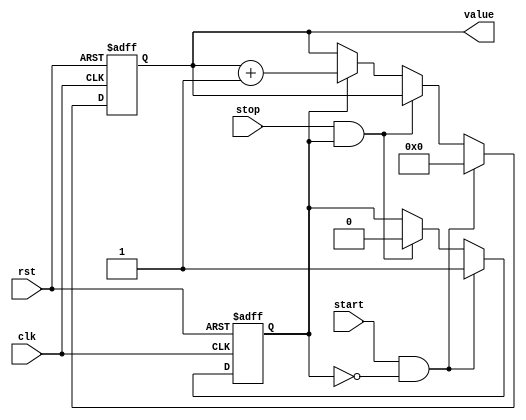
module perf_counter(
   input rst, clk,
   input start,
   input stop,
   output [31:0] value
);

reg [31:0] counter_i, counter;
reg count_i, count;

always @ (*) begin
   if (start & !count) begin
      count_i = 1'b1;
      counter_i = 32'd0;
   end
   else if (stop & count) begin
      count_i = 1'b0;
      counter_i = counter;
   end
   else if (count) begin
      count_i = count;
      counter_i = counter + 1;
   end
   else begin
      count_i = count;
      counter_i = counter;
   end
end

always @ (posedge clk or posedge rst) begin
   if (rst) begin
      count   <= 1'b0;
      counter <= 32'd0;
   end
   else begin
      count <= count_i;
      counter <= counter_i;
   end
end

assign value = counter;

endmodule